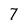
Character: 7